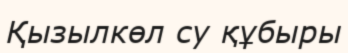
Қызылкөл су құбыры